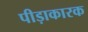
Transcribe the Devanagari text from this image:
पीड़ाकारक